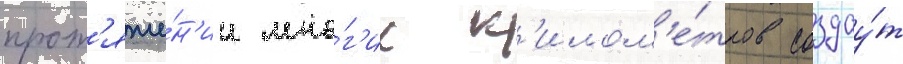
прот'яже́н'ии мно́г'их к'илом'е́тров создау́т